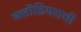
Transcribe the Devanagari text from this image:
क्लॉडियसची